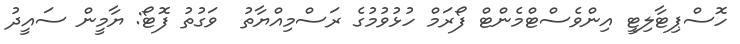
ހޮސްޕިޓާލިޓީ އިންވެސްޓްމެންޓް ފޯރަމް ހުޅުވުމުގެ ރަސްމިއްޔާތު  ވަގުތު ފޮޓޯ: ޔާމީން ސައީދު